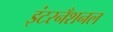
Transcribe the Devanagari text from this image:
इंटरनँशनल